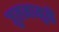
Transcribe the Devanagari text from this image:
जुलमामुळें